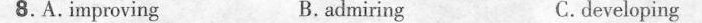
8. A. Improving B. admiring C. developing